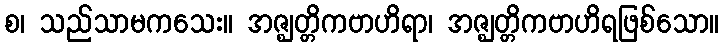
စ၊ သည်သာမကသေး။ အဇ္ဈတ္တိကဗာဟိရာ၊ အဇ္ဈတ္တိကဗာဟိရဖြစ်သော။